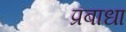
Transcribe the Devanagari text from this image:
प्रबाधा